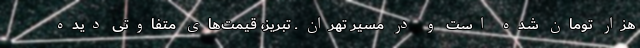
هزار تومان شده است و در مسیر تهران ـ تبریز، قیمت‌های متفاوتی دیده